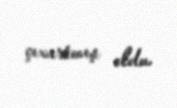
çıxartmış oldu.